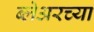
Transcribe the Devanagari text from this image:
ब्लेअरच्या